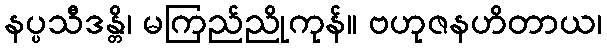
နပ္ပသီဒန္တိ၊ မကြည်ညိုကုန်။ ဗဟုဇနဟိတာယ၊